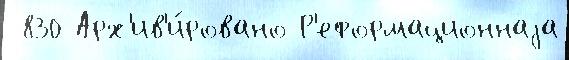
 830 Арх'ив'и́ровано Р'еформационнаjа